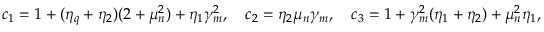
\begin{array} { r } { c _ { 1 } = 1 + ( \eta _ { q } + \eta _ { 2 } ) ( 2 + \mu _ { n } ^ { 2 } ) + \eta _ { 1 } \gamma _ { m } ^ { 2 } , \quad c _ { 2 } = \eta _ { 2 } \mu _ { n } \gamma _ { m } , \quad c _ { 3 } = 1 + \gamma _ { m } ^ { 2 } ( \eta _ { 1 } + \eta _ { 2 } ) + \mu _ { n } ^ { 2 } \eta _ { 1 } , } \end{array}